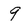
Character: 9